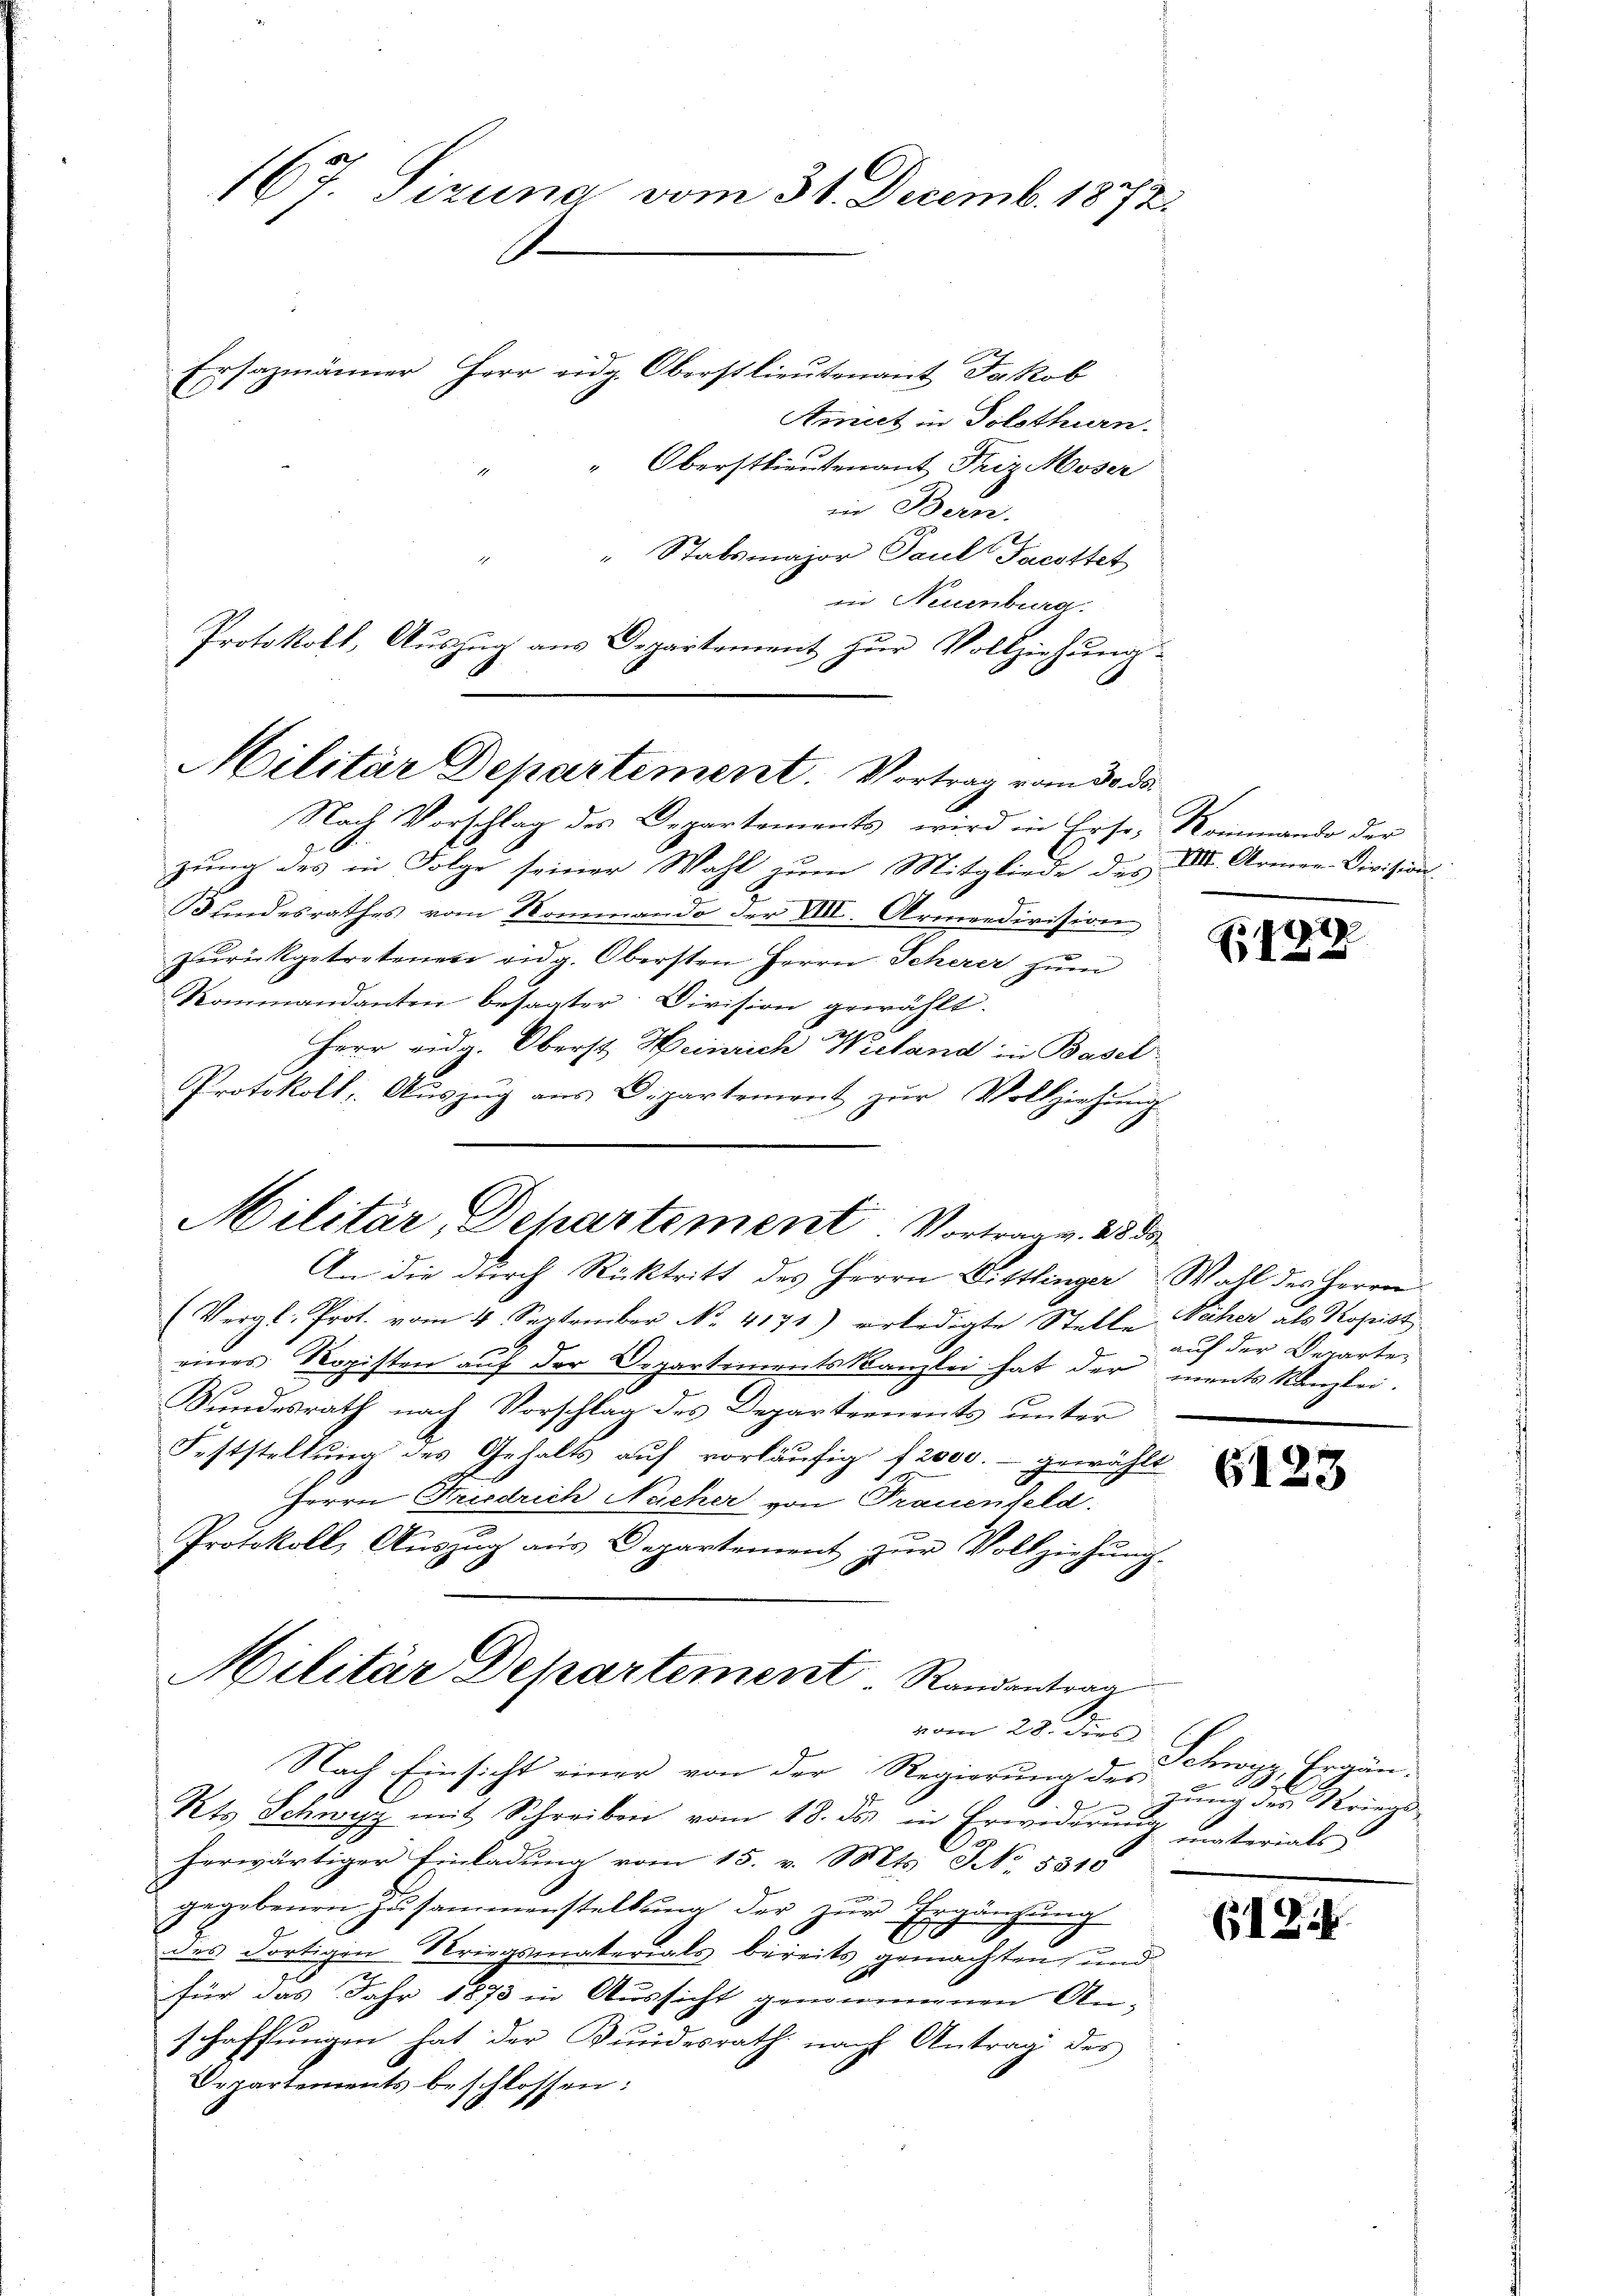
in Neuenburg.
Protokoll, Auszug aus Departement zur Vollziehung
Militär Departement. Vortrag vom 30. ds.

An die durch Rücktritt des Herrn Dittlinger Wahl des Herren

167. Sizung vom 31. Decemb. 1872.
Ersazmänner Herr eidg. Oberstlieutenant Jakob
Amiet in Solothurn.
" Oberstlieutenant Friz Moser

in Besen.
" Stabsmajor Paul Jacottet
Nach Vorschlag des Departements, wird in Erse, Kommando der
zung des in Folge seiner Wahl zum Mitgliede des XII. Armen-Division
Bundesrathes vom Kommando der VIII. Armeedivision
zŭrückgetretenen eidg. Obersten Herrn Scherer zŭm
Kommandanten besagter Division gewählt.
Herr eidg. Oberst Heinrich Wieland in Basel
Protokoll, Auszug aus Dipartement zur Vollziehung
Militär, Dehartement Vortrag v. 2850

Militär Departement Randantrag
vom 28. Ders

(Vergl. Prot. vom 4. September No. 4171) erledigte Stelle Fäher als Kopist
eines Kopisten aŭf der Departements Kanzlei hat der ments Kanzlei.
Sundesrath nach Vorschlag des Departements unter
Feststellung des Gehalts auf vorläufig f 2000.- gewählt
Herrn Friedrich Nacher von Trauenfeld.
Protokoll, Auszug aus Departement zŭr Vollziehung.
Nach Einsicht einer von der Regierŭng des der Kriegs-
Kts Schwyz mit Schreiben vom 18. ds. in Erwiderŭng unterials
herwärtiger Einladŭng vom 15. v. Mts. NNo. 5818
gegebenen Zusammenstellung der zur Ergänzung
8
des Fortigen Kriegsmaterials bereits gemachten und
für das Jahr 1873 in Aussicht genommenen An-
schaffungen hat der Bundesrath nach Antrag des
Departements beschlossen:

21)
1 f 0 x

auf der Departe,

G123

Schwer Ergän

GI 214.